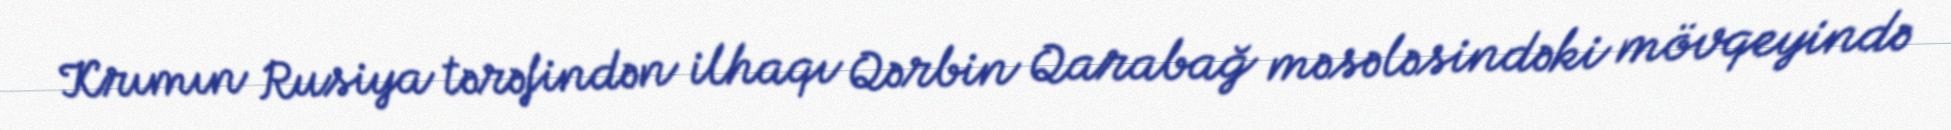
Krımın Rusiya tərəfindən ilhaqı Qərbin Qarabağ məsələsindəki mövqeyində